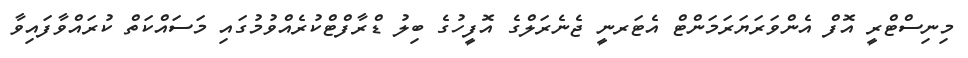
މިނިސްޓްރީ އޮފް އެންވަރަޔަރަމަންޓް އެޓަރނީ ޖެނެރަލްގެ އޮފީހުގެ ބިލު ޑްރާފްޓްކުރެއްވުމުގައި މަސައްކަތް ކުރައްވާފައިވާ